Kures,_Voldemar, lk 9
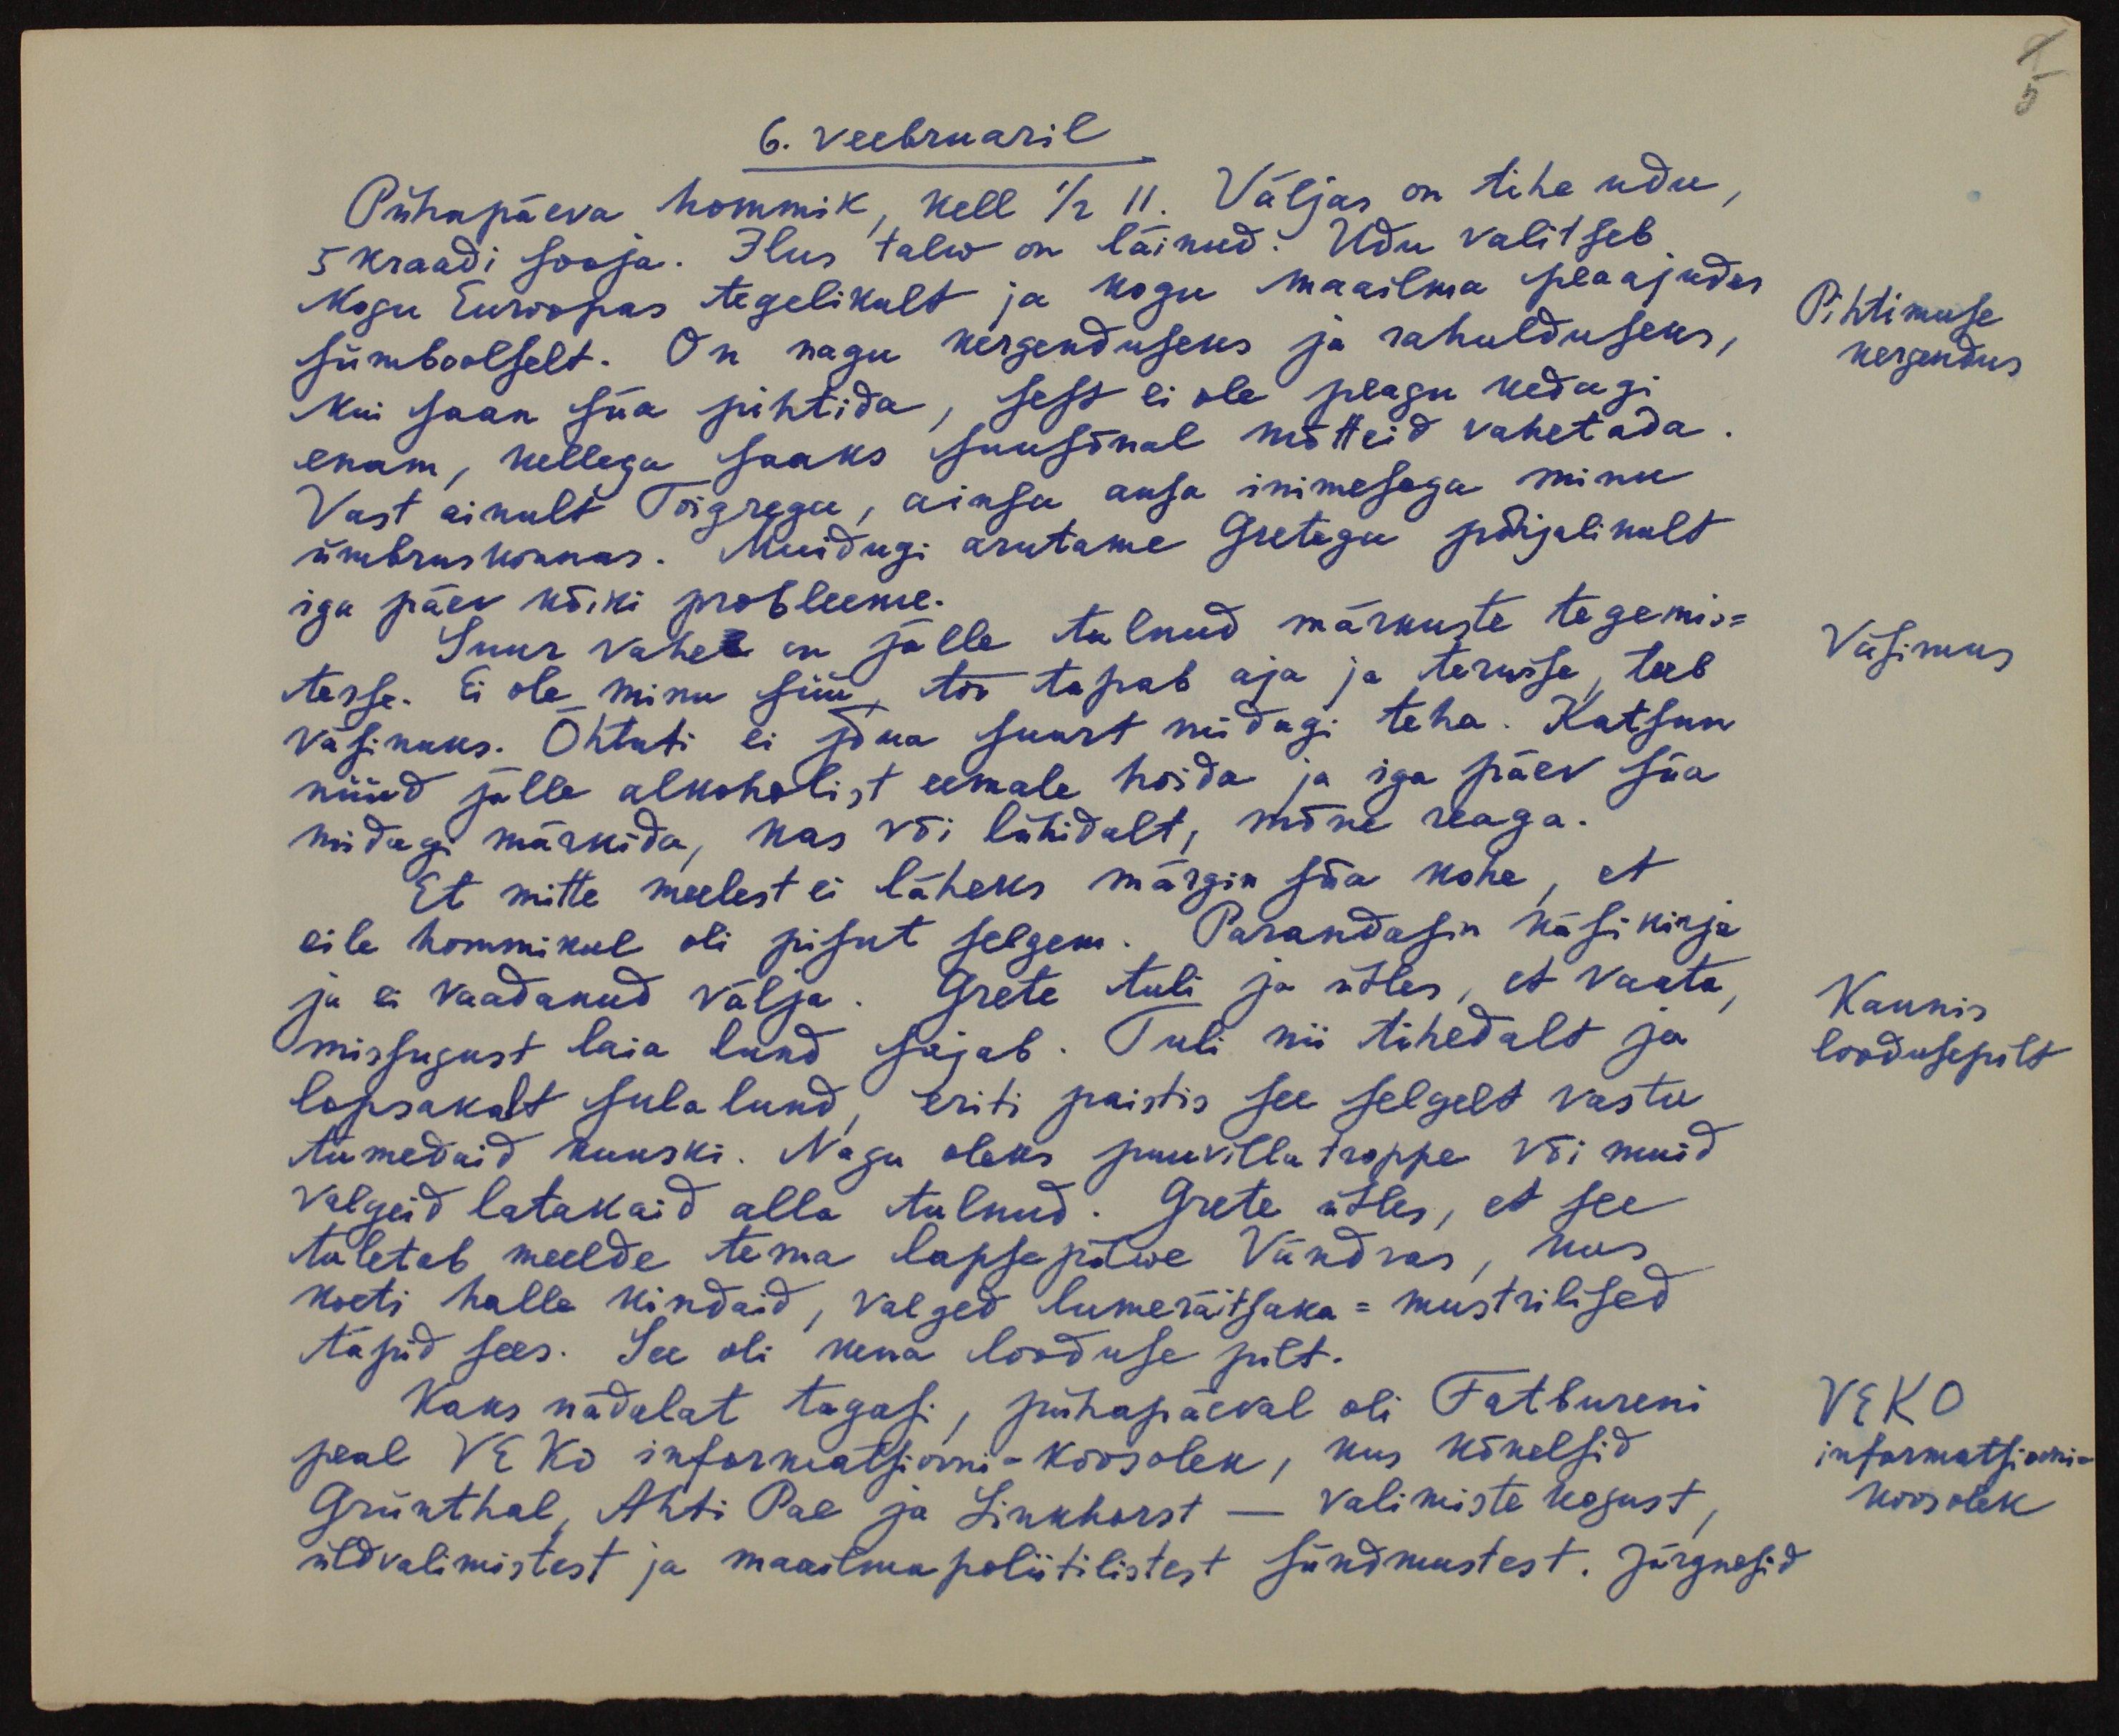
9
5
6. veebruaril
Pühapäeva hommik, kell 1/2 11. Väljas on tihe udu,
5 kraadi sooja. Ilus talw on läinud. Udu valitseb
Kogu Euroopas tegelikult ja kogu maailma peaajudes
Pihtimuse
kergendus
sümboolselt. On nagu kergenduseks ja rahulduseks,
kui saan siia pihtida, sest ei ole peagu kedagi
enam, kellega saaks suusõnal mõtteid vahetada.
Vast ainult Toigrega, ainsa ausa inimesega minu
ümbruskonnas. Muidugi arutame Gretega põhjalikult
iga päev kõiki probleeme.
Väsimus
Suur vahe on jälle tulnud märkuste tegemis-
tesse. Ei ole minu süü, töö tapab aja ja terwise, teeb
väsinuks. Õhtuti ei jõua suurt midagi teha. Katsun
nüüd jälle alkoholist eemale hoida ja iga päev siia
midagi märkida, kas või lühidalt, mõne reaga.
Et mitte meelest ei läheks märgin siia kohe, et
eile hommikul oli pisut selgem. Parandasin käsikirja
ja ei vaadanud välja. Grete tuli ja ütles, et vaata,
Kaunis
loodusepilt
missugust laia lund sajab. Tuli nii tihedalt ja
lopsakalt sula lund, eriti paistis see selgelt vastu
tumedaid kuuski. Nagu oleks puuvilla troppe või muid
valgeid latakaid alla tulnud. Grete ütles, et see
tuletab meelde tema lapsepõlwe Vändras, kus
kooti halle kindaid, valged lumeräitsaka = mustrilised
täpid sees. See oli kena looduse pilt.
Kaks nädalat tagasi, pühapäeval oli Fatbureni
peal VEKO informatsiooni-koosolek, kus kõnelsid
VEKO
informatsiooni-
koosolek
Grünthal, Ahti Pae ja Linkhorst - Valimiste kogust,
üldvalimistest ja maailma poliitilistest sündmustest. Järgnesid